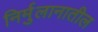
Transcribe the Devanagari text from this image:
निर्मुलानातील